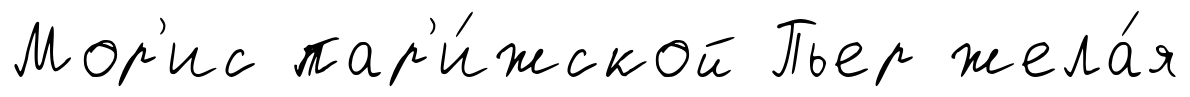
Мор'ис пар'и́жской Пьер жела́я